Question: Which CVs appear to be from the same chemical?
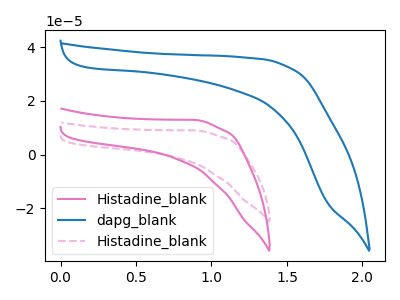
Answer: <think>The pink curve "Histadine_blank" has no peaks. The blue curve "dapg_blank" has no peaks. The pink dashed curve "Histadine_blank" has no peaks.
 Neither "Histadine_blank" or "dapg_blank" have any peaks. Neither "Histadine_blank" or "Histadine_blank" have any peaks. Neither "dapg_blank" or "Histadine_blank" have any peaks.</think>
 <answer>"Histadine_blank", "dapg_blank" and "Histadine_blank" have the same shape and are likely CV's of the same chemical.</answer>
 <eval>"Histadine_blank" "dapg_blank" "Histadine_blank"</eval>